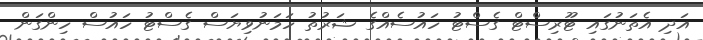
އަދި އެތަނުގައި ޓޫރިސްޓް ގެސްޓު ހައުސެއްގެ ޝަރުތު ހަމަނުވިޔަސް ގެސްޓު ހައުސް ހިންގަން